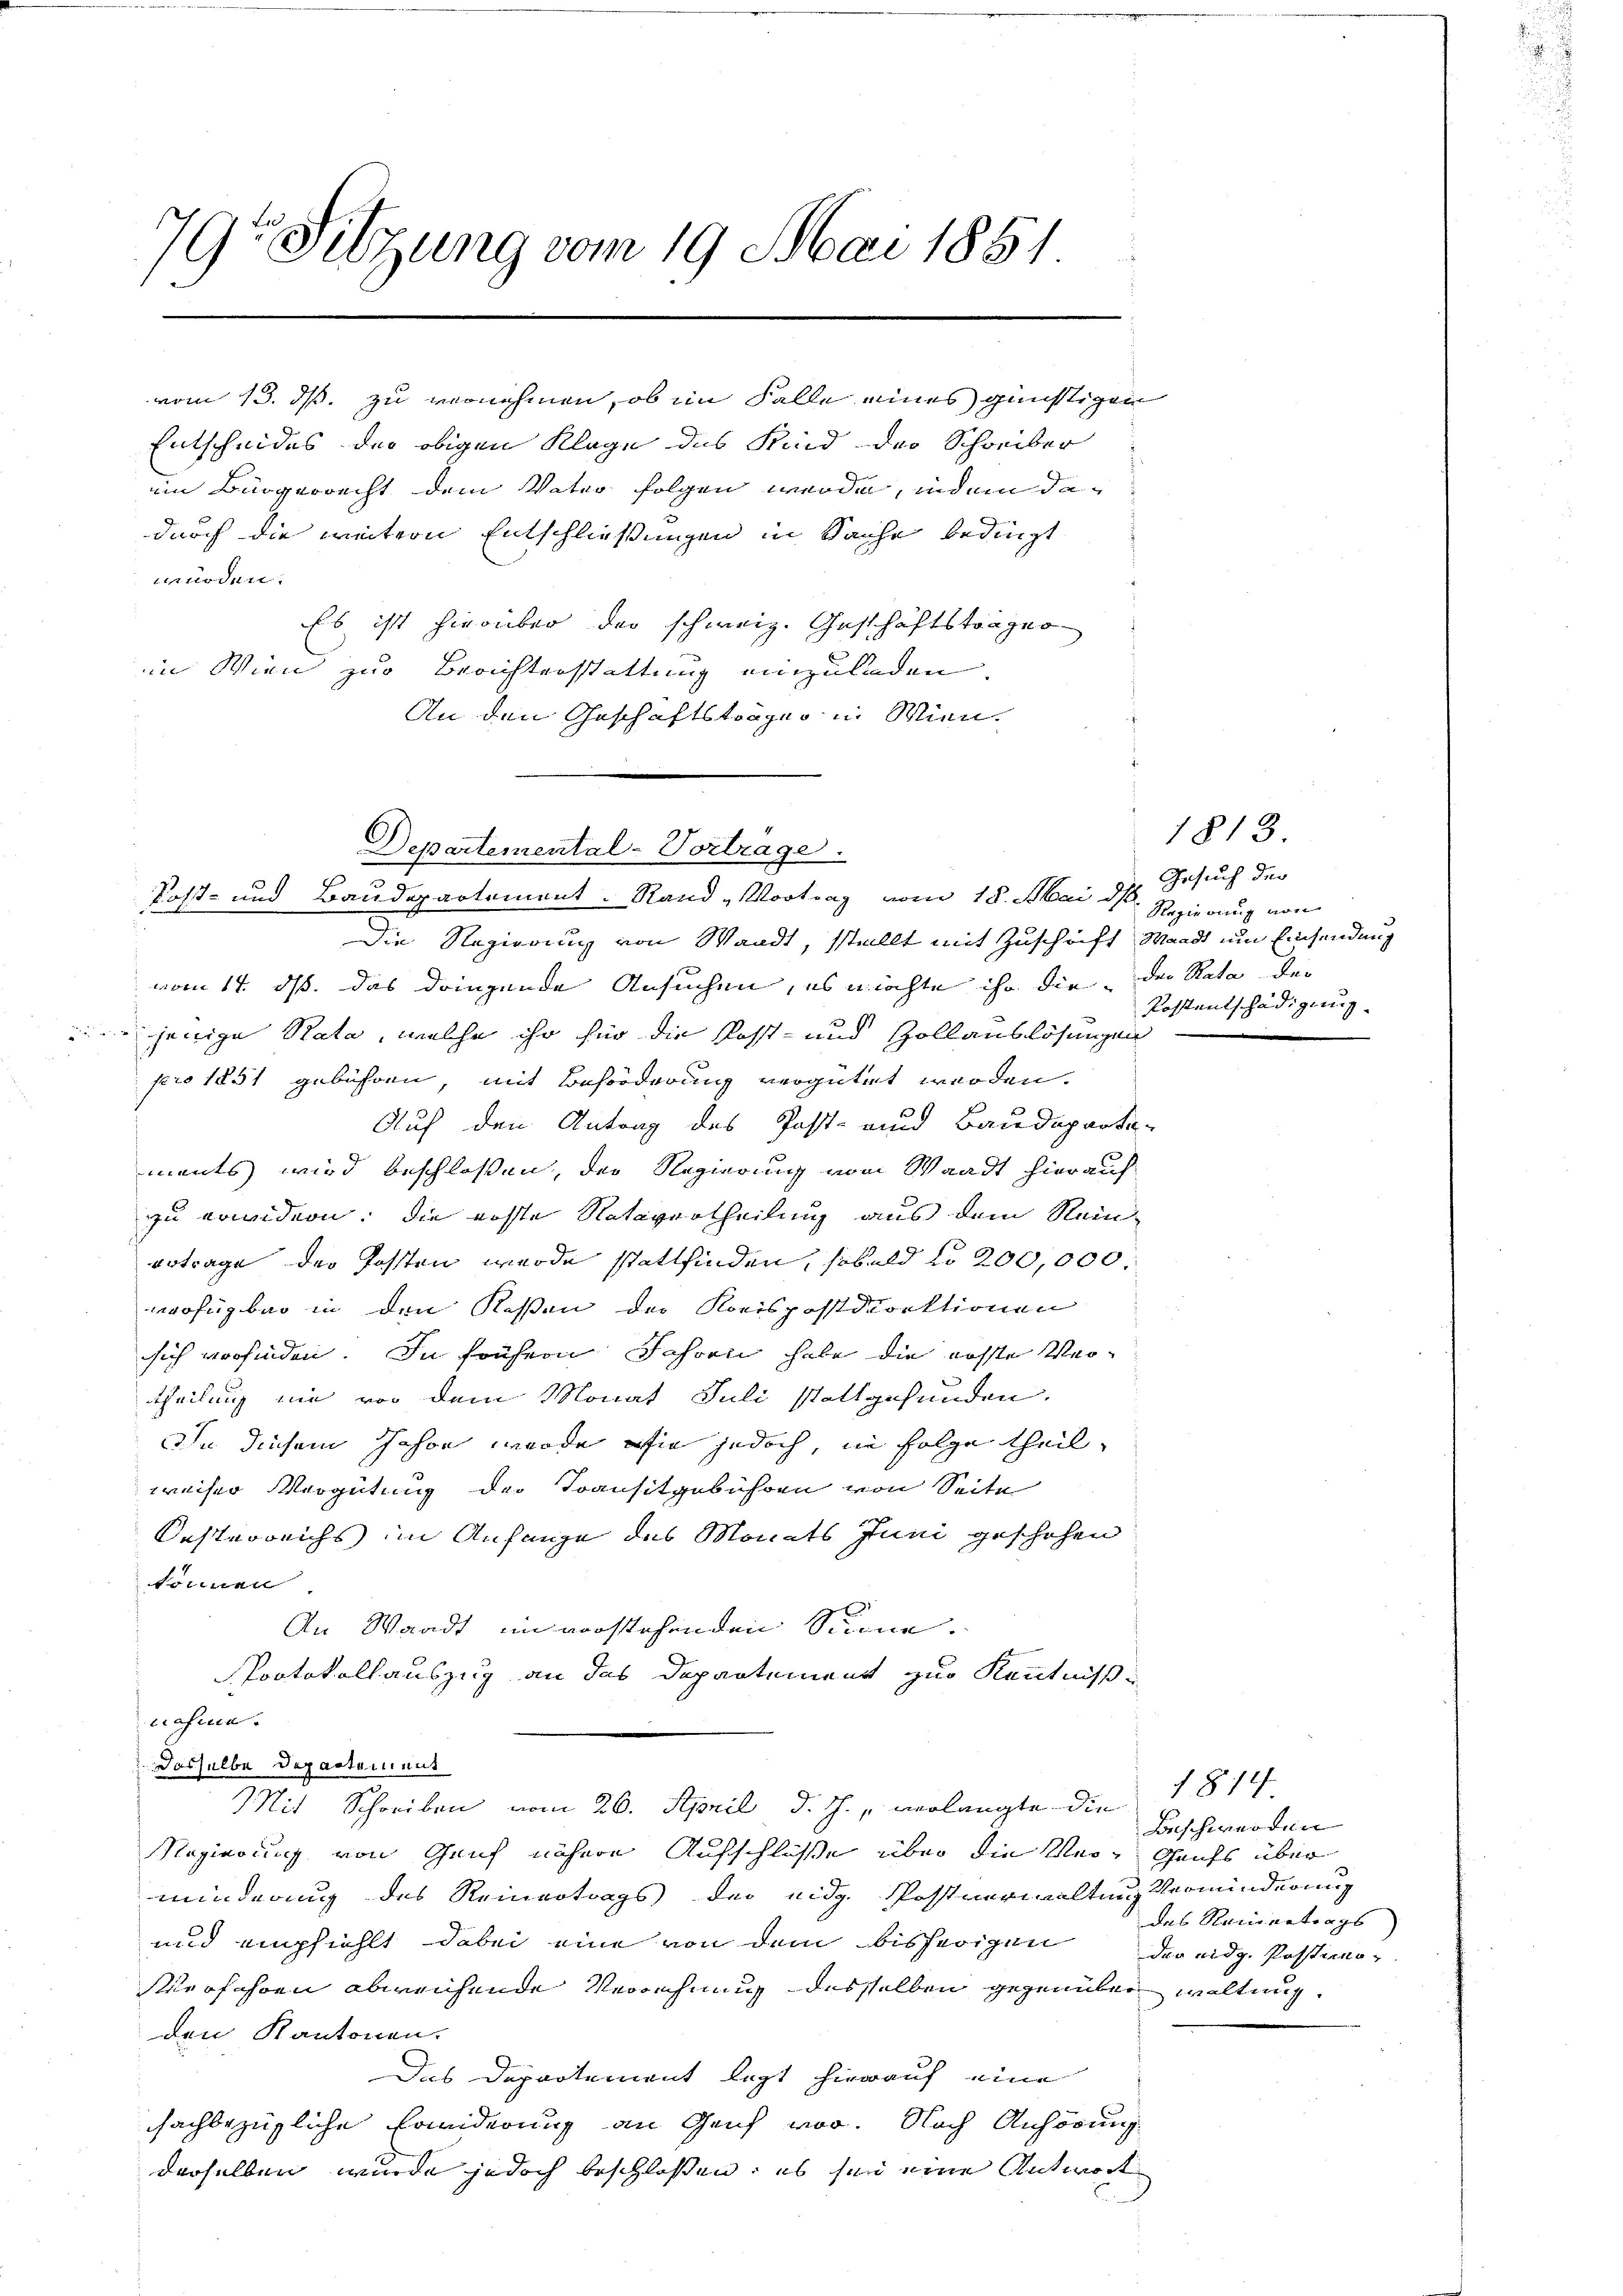
9r Sitzung vom 19. Mai 1851

würden.
Es ist hierüber der schweiz. Geschäftsträger
in Wien zur Berichterstattung einzuladen.
An den Geschäftsträger in Wien.

vom 13. ds. zu vernehmen, ob im Falle eines günstigen
Entscheides der obigen Klage des Kind der Schreiber
im Bürgerrecht dem Vater folgen werden, indem dadurch die weitern Entschließungen in Sache bedingt

Departemental-Vortrage.

Post- und Baudepartement. Rand „Vortrag vom 18. Mai dh. Gesuch der
Die Regierung von Waadt, stellt mit Zuschrift Waadt um Einsendung
vom 17. ds. das dringende Ansuchen, es möchte ihr die der Rata der
jenige Rata, welche ihr für die Kost- und Zollauslösungen
pro 1851 gebühren, mit Beförderung vergütet werden.
Auf den Antrag des Post- und Baudeparta-
ments wird beschlossen, der Regierung vom Waadt hierauf
zu erwidern; die erste Natevertheilung aus dem Rein-
ertrage der Posten werde stattfinden, sobald No 200,000.
wofügbar in den Kessen der Kreispostdirektionen
sich vorfinden. In frühern Jahren habe die ausste Vertheilung nie vor dem Monat Juli stattgefunden.
Ihn diesem Jahre werde, wie jedoch, in Folge theil,
weiser Vergütung der Transitgebühren von Seite
Oesterreichs im Anfange des Monats Juni geschehen
tolinen
An Waadt im vorstehenden Summe.
Protokollauszug an das Departement zur Kenntniss
nahme.
Dasselbe Departement
Mit Schreiben vom 20. April d. J., verlangte die 1812
Regierung von Genf nähere Aufschlüsse über die Ver- Gants über
minderung des Reinertrags der eidg. Postverwaltung Verminderung
und empfiehlt dabei eine von dem bisherigen
Meoschen abweichende Verrechnung desselben gegenüber waltung
den Kantonen.
Das Departement legt hierauf eine
sachbezügliche Erwiderung an Genf vor. Nach Anhörung
derselben wurde jedoch beschlossen: es sei eine Antwort

1813
Regierung von
Postentschädigung

Beschwerden
des Namentrags
der eidg. Posstimo